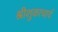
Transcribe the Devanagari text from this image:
श्रीशुकाचार्य